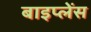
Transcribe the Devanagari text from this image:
बाइप्‍लेंस